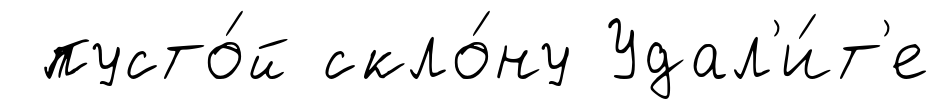
пусто́й скло́ну Удал'и́т'е